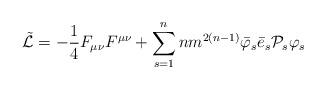
LaTeX: \begin{align*}\tilde{{\cal L}}= - \frac {1} {4} F_{\mu\nu} F^{\mu\nu} +\sum\limits_{s=1}^n nm^{2\left(n-1\right)} {\bar{\varphi}}_s{\bar{e}}_s {{\cal P}}_s {\varphi}_s\end{align*}